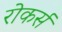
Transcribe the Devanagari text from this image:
रोकर्स